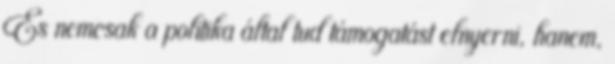
És nemcsak a politika által tud támogatást elnyerni, hanem,